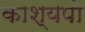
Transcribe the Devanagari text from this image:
काश्यपो